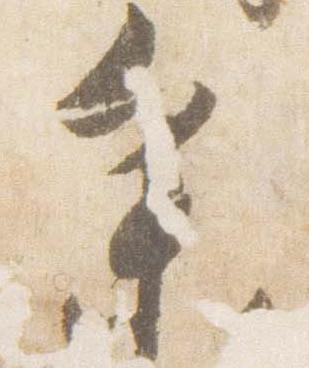
参